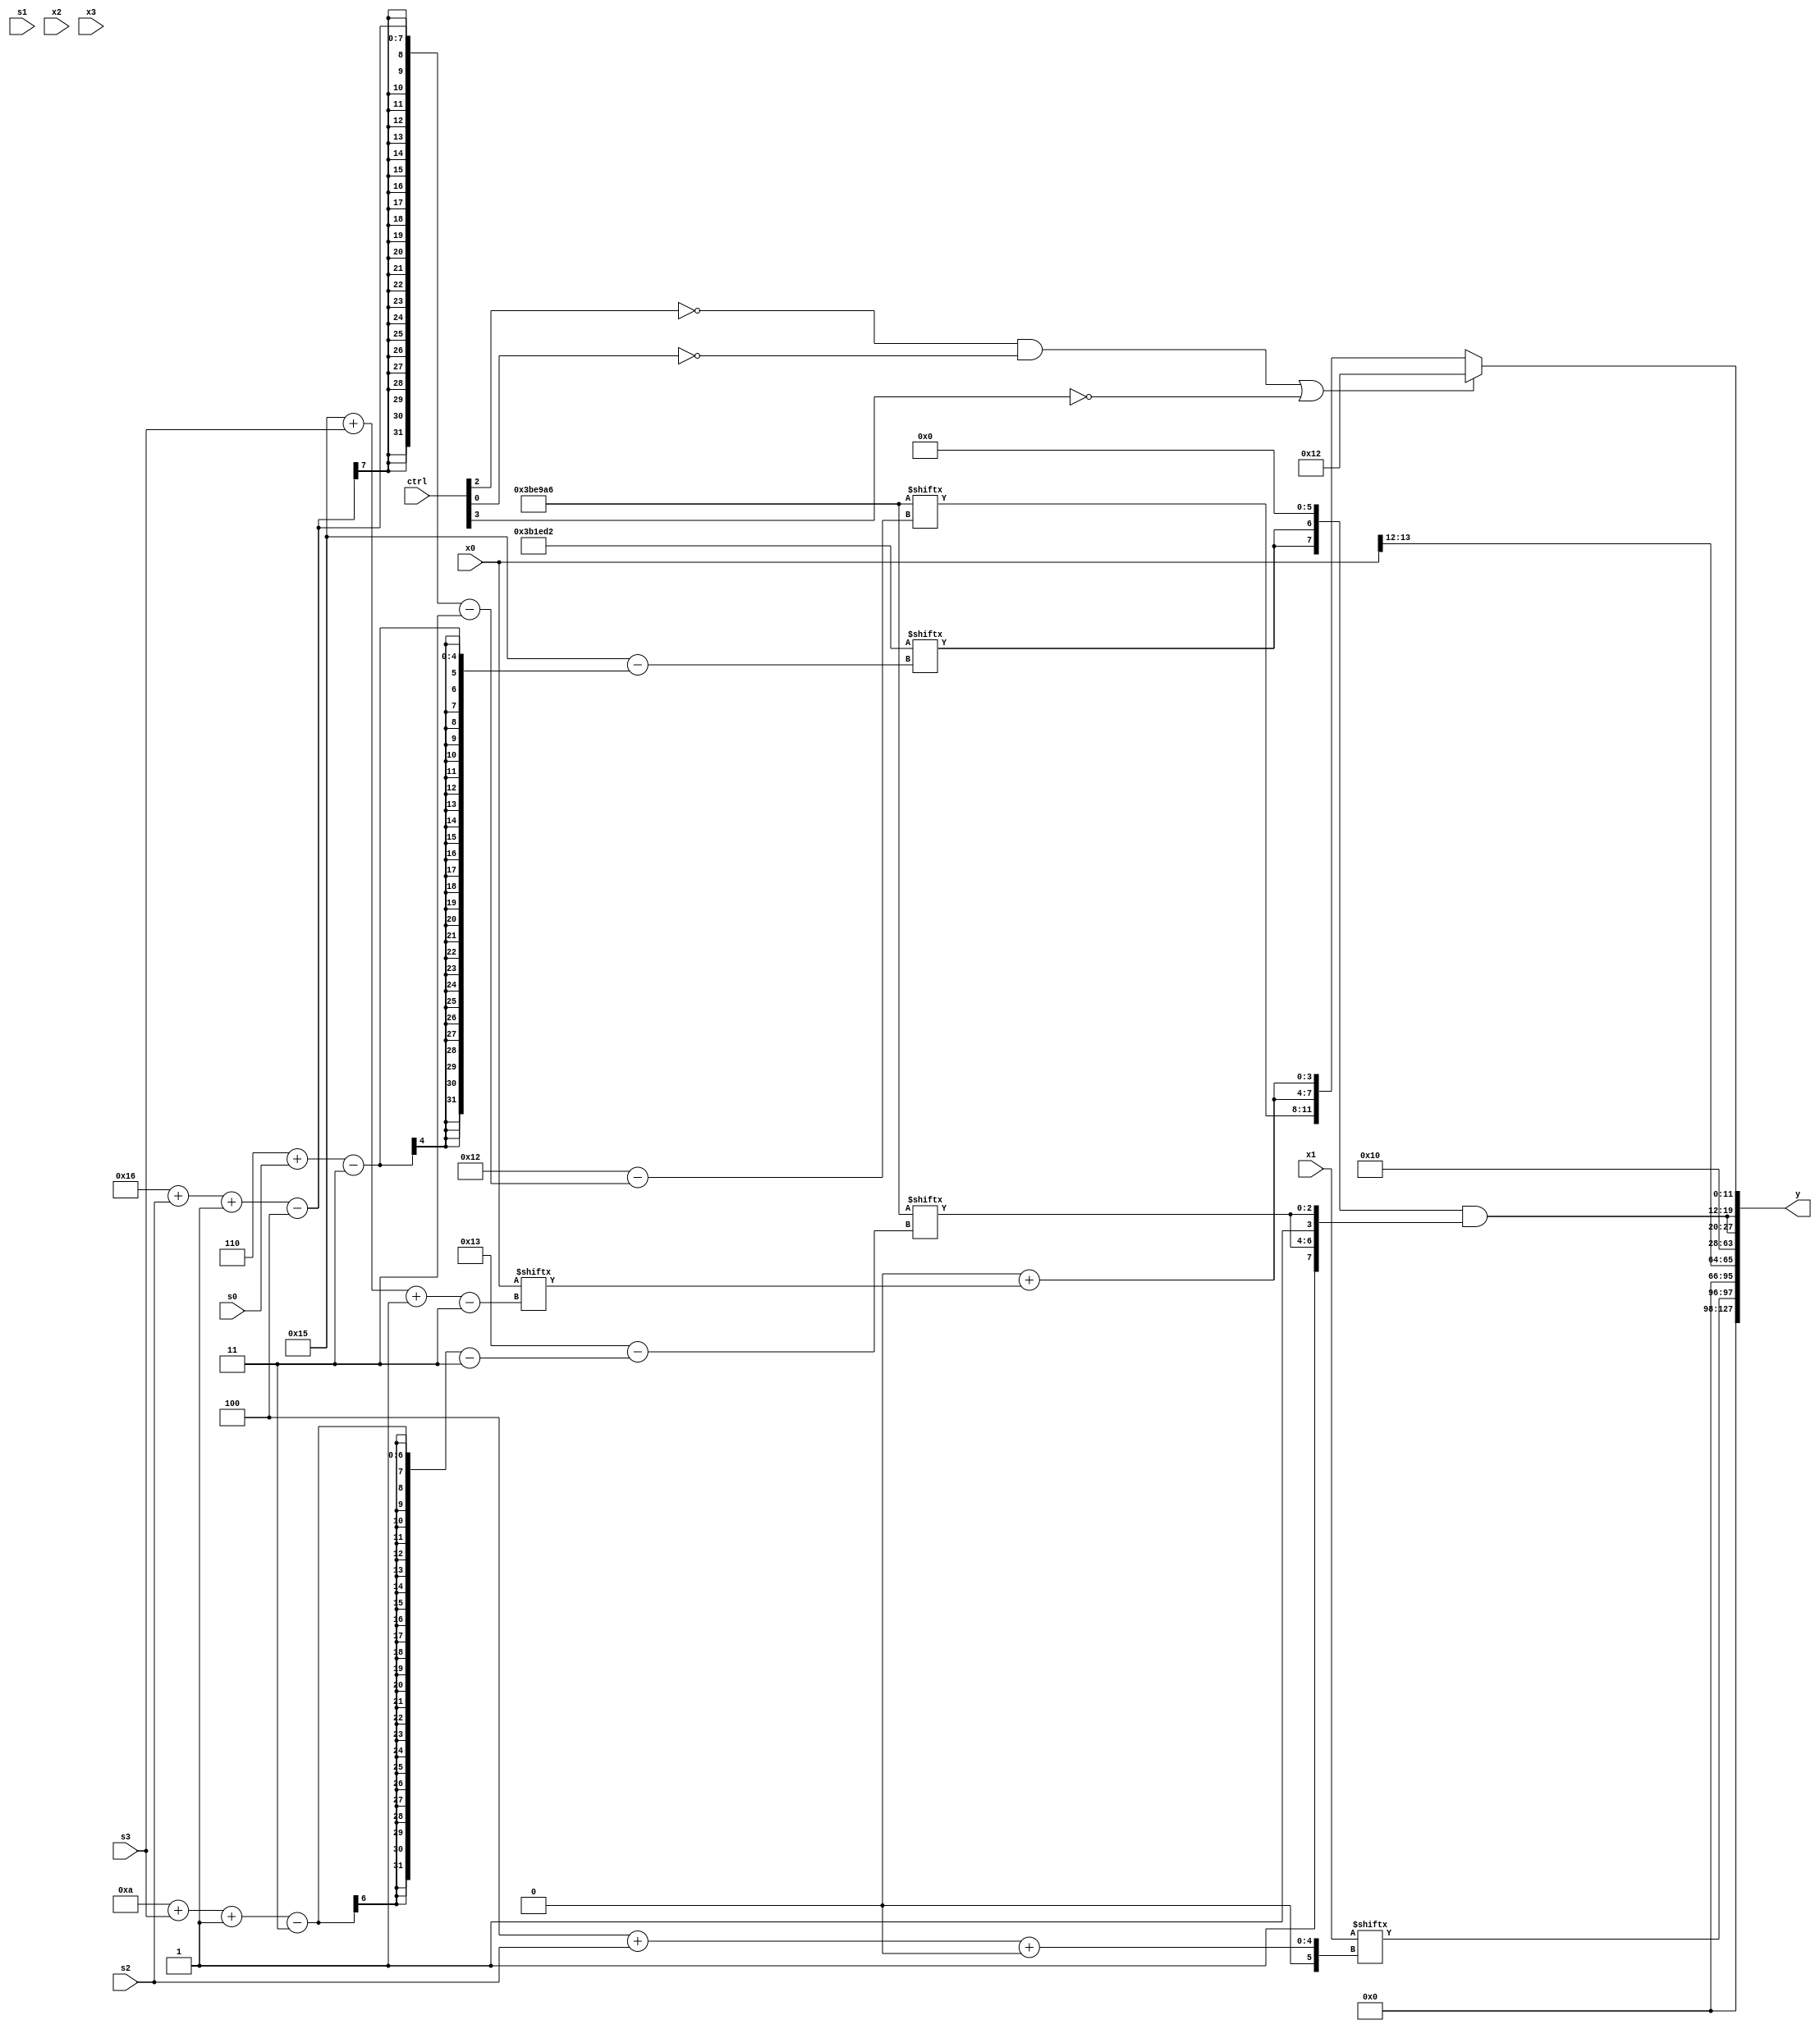
module partsel_00009(ctrl, s0, s1, s2, s3, x0, x1, x2, x3, y);
  input [3:0] ctrl;
  input [2:0] s0;
  input [2:0] s1;
  input [2:0] s2;
  input [2:0] s3;
  input [31:0] x0;
  input signed [31:0] x1;
  input [31:0] x2;
  input [31:0] x3;
  wire [26:6] x4;
  wire signed [28:3] x5;
  wire [5:30] x6;
  wire signed [28:3] x7;
  wire signed [0:30] x8;
  wire signed [29:2] x9;
  wire [26:5] x10;
  wire signed [4:30] x11;
  wire [24:2] x12;
  wire signed [28:3] x13;
  wire signed [5:29] x14;
  wire [5:25] x15;
  output [127:0] y;
  wire [31:0] y0;
  wire [31:0] y1;
  wire [31:0] y2;
  wire signed [31:0] y3;
  assign y = {y0,y1,y2,y3};
  localparam signed [26:7] p0 = 77518157;
  localparam signed [3:24] p1 = 511437222;
  localparam signed [3:24] p2 = 817569490;
  localparam signed [27:2] p3 = 334676024;
  assign x4 = {2{(p0[29 + s3 -: 7] | (p1[22 + s0 -: 5] + x3[0 + s2 -: 8]))}};
  assign x5 = p3;
  assign x6 = (!ctrl[0] && !ctrl[0] || !ctrl[1] ? p1[18 + s2 -: 8] : x4[15 +: 2]);
  assign x7 = p2[5 + s0];
  assign x8 = (!ctrl[2] || !ctrl[0] && !ctrl[2] ? {p2[19 -: 4], p2} : p1[19 + s1 -: 2]);
  assign x9 = (p3[18 -: 2] | p3[13 +: 4]);
  assign x10 = {2{p0}};
  assign x11 = (!ctrl[3] && ctrl[2] && ctrl[3] ? p1[27 + s1 +: 1] : ((p1 & p0[17]) ^ {2{({p3, p2[8 + s3]} | {p1[17 + s2], x6[11]})}}));
  assign x12 = (!ctrl[2] && !ctrl[2] && ctrl[2] ? p0[12 -: 2] : x4);
  assign x13 = (ctrl[1] && !ctrl[3] || ctrl[2] ? (((!ctrl[0] && ctrl[3] || ctrl[1] ? p3[21 + s2 +: 7] : p0[0 + s1 -: 4]) | x7[12]) ^ p3[11 + s3 +: 8]) : p0[9 + s3]);
  assign x14 = (p2[19 +: 3] ^ p2[8]);
  assign x15 = p2[15 +: 4];
  assign y0 = x1[4 + s2 +: 2];
  assign y1 = x0[12 +: 2];
  assign y2 = p0[13 -: 1];
  assign y3 = {{2{({{2{p2[6 + s0]}}, {2{x9[22 -: 3]}}} & {2{{p2[8], p1[10 + s3 -: 3]}}})}}, (!ctrl[2] && !ctrl[0] || !ctrl[3] ? {2{p0[20 -: 3]}} : {p1[22 + s2 -: 4], {2{(x15[18 -: 4] + x0[21 + s3 -: 3])}}})};
endmodule